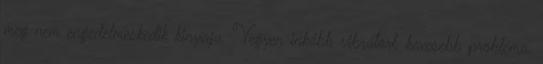
meg nem engedelmeskedik kinyírja. Vegyen inkább vibrátort, kevesebb probléma.